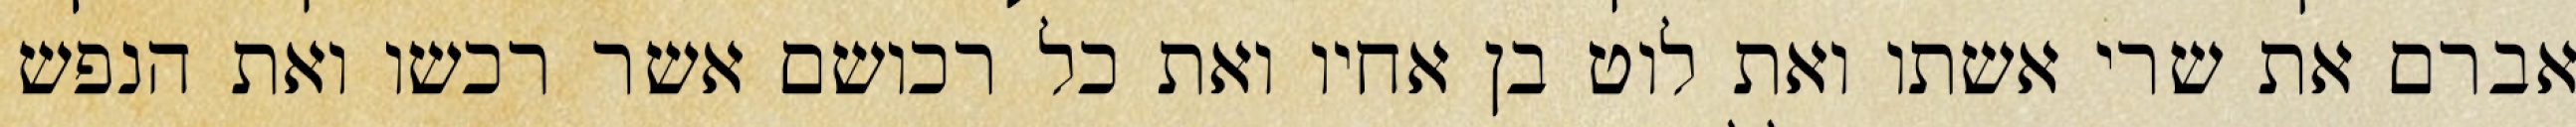
אברם את שרי אשתו ואת לוט בן אחיו ואת כל רכושם אשר רכשו ואת הנפש